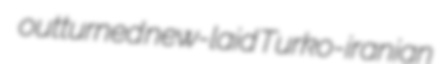
outturned new-laid Turko-iranian